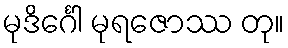
မုဒိင်္ဂေါ မုရဇောဿ တု။